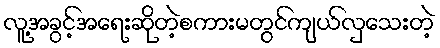
လူ့အခွင့်အရေးဆိုတဲ့စကားမတွင်ကျယ်လှသေးတဲ့